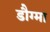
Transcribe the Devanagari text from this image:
डौग्मा